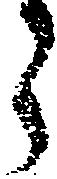
ら